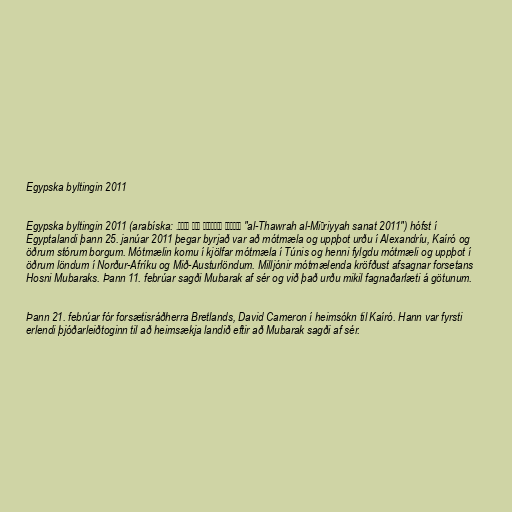
Egypska byltingin 2011

Egypska byltingin 2011 (arabíska: .الثورة المصرية سنة ٢٠١١‎ "al-Thawrah al-Miṣriyyah sanat 2011") hófst í
Egyptalandi þann 25. janúar 2011 þegar byrjað var að mótmæla og uppþot urðu í Alexandríu, Kaíró og
öðrum stórum borgum. Mótmælin komu í kjölfar mótmæla í Túnis og henni fylgdu mótmæli og uppþot í
öðrum löndum í Norður-Afríku og Mið-Austurlöndum. Milljónir mótmælenda kröfðust afsagnar forsetans
Hosni Mubaraks. Þann 11. febrúar sagði Mubarak af sér og við það urðu mikil fagnaðarlæti á götunum.

Þann 21. febrúar fór forsætisráðherra Bretlands, David Cameron í heimsókn til Kaíró. Hann var fyrsti
erlendi þjóðarleiðtoginn til að heimsækja landið eftir að Mubarak sagði af sér.